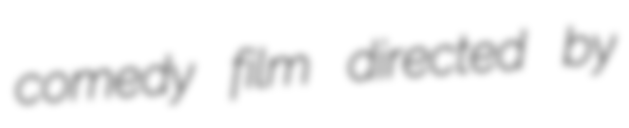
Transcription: comedy film directed by